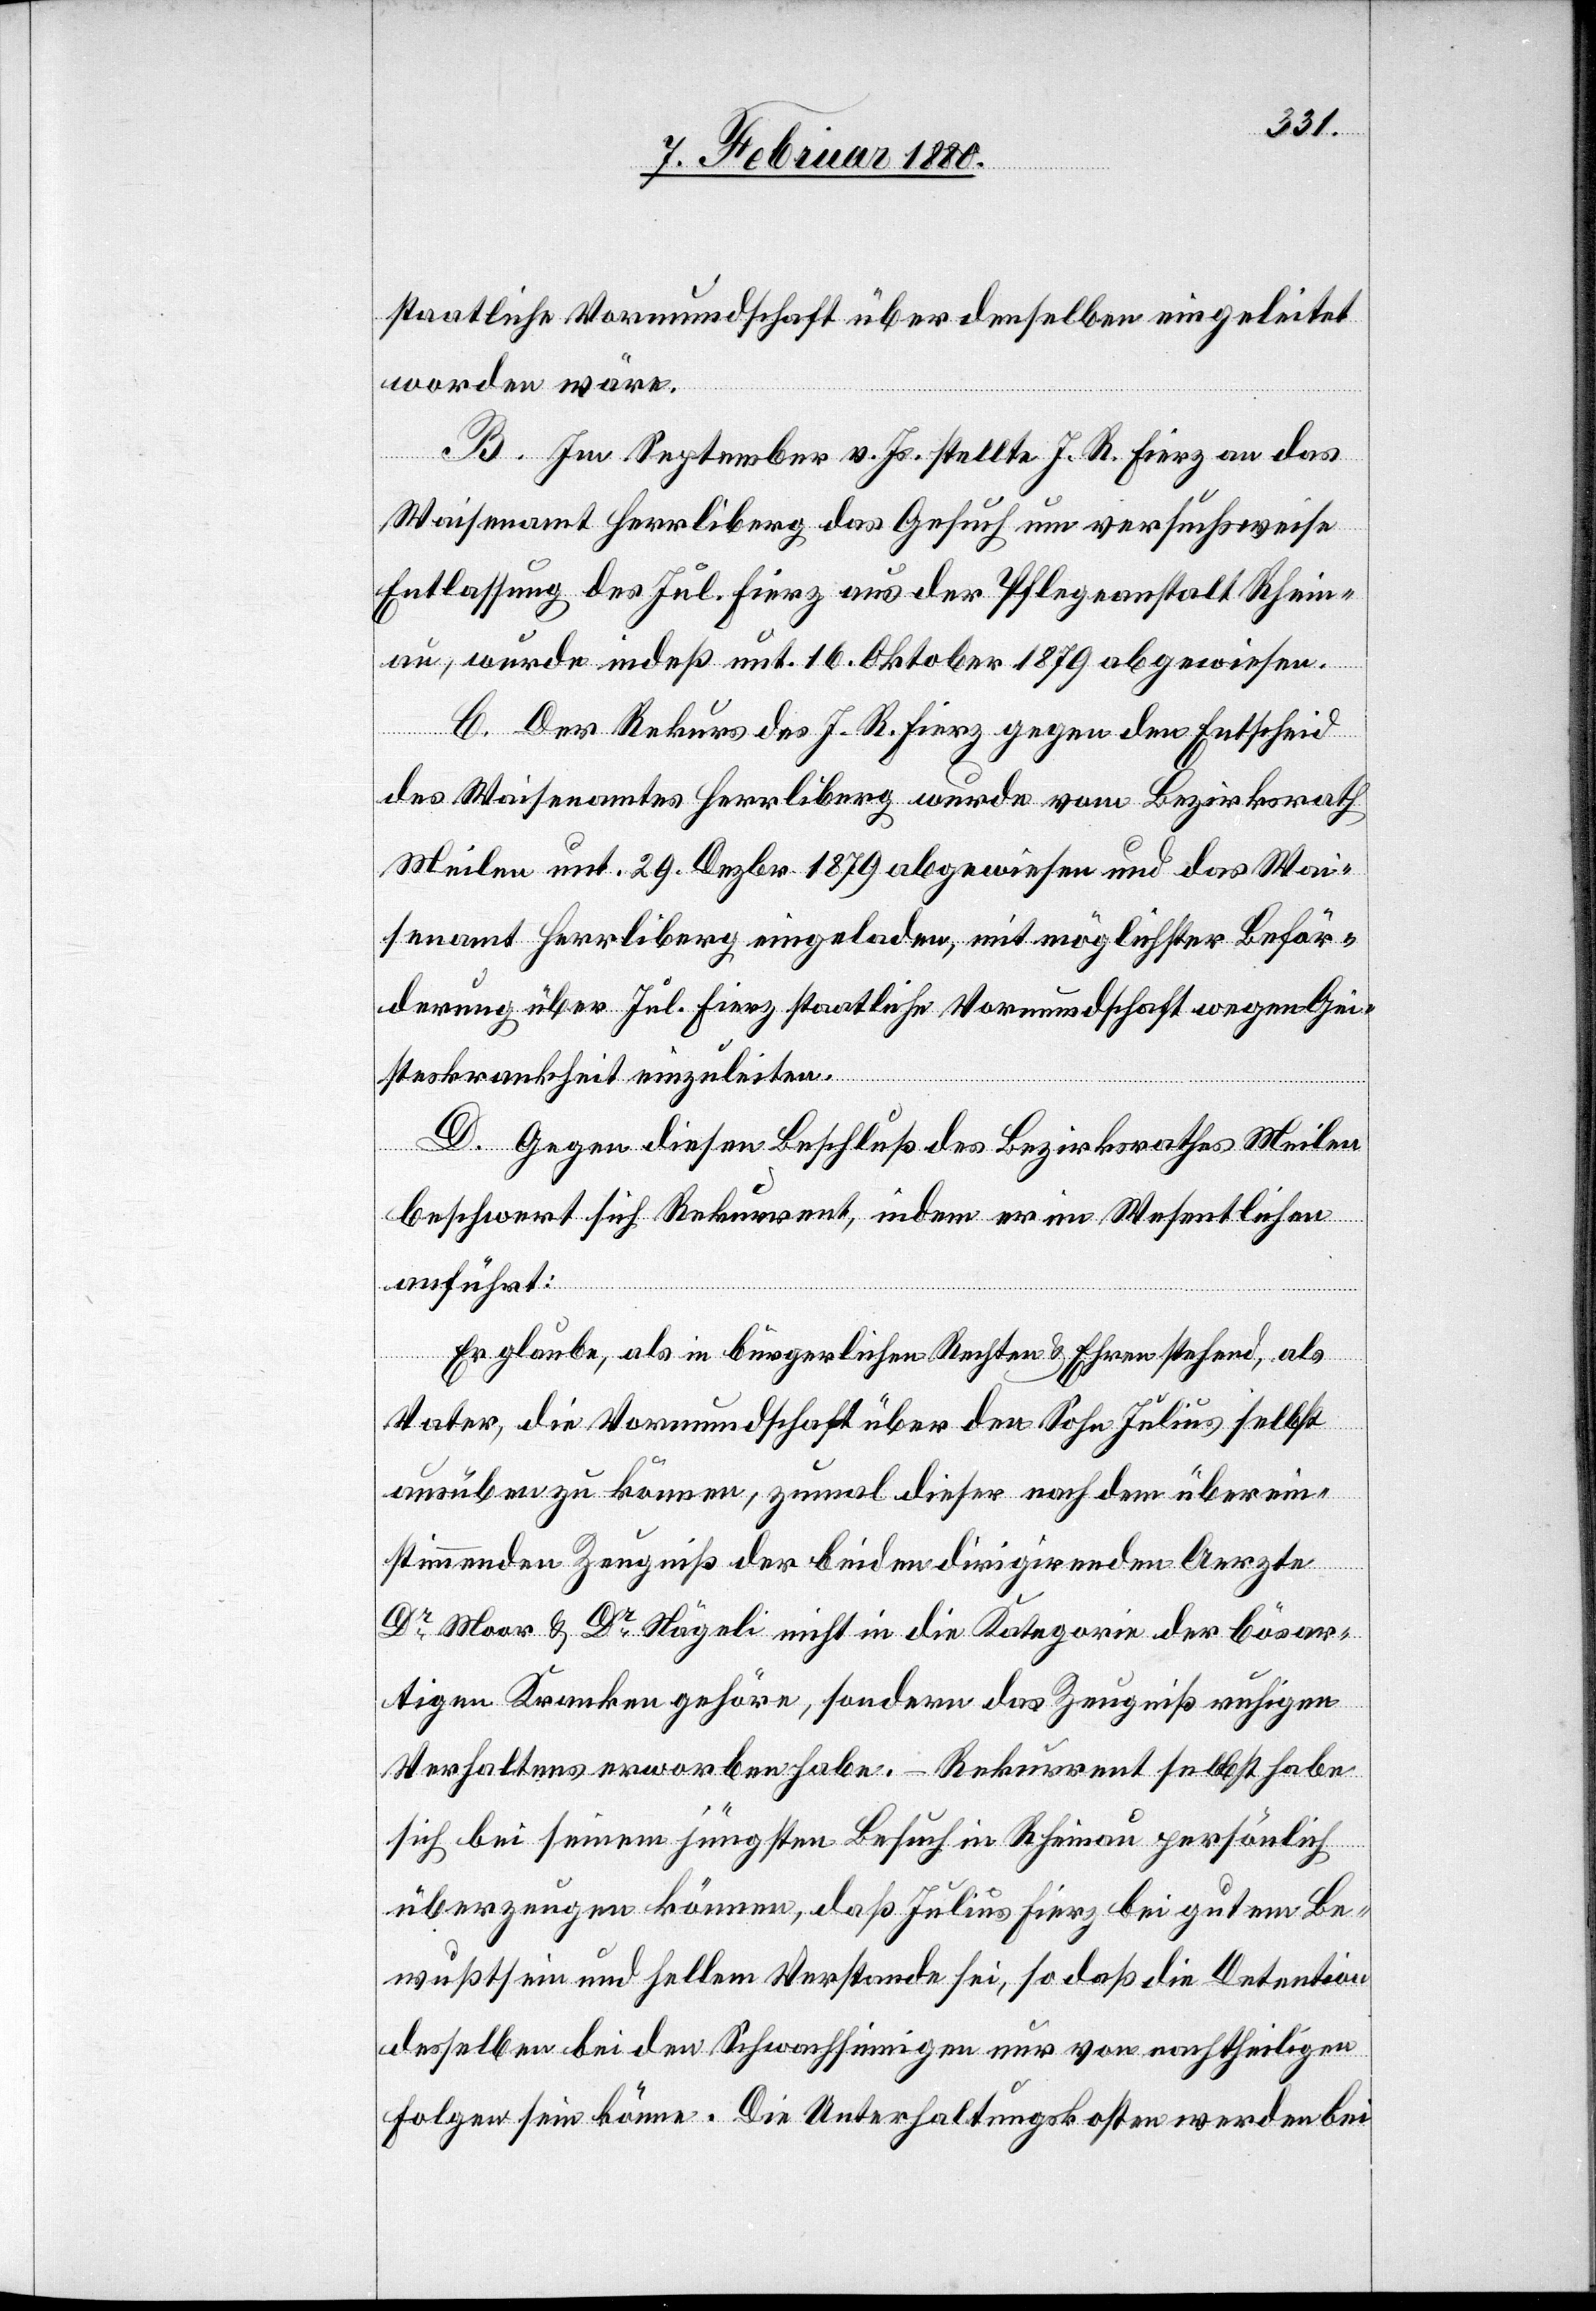
staatliche Vormundschaft über denselben eingeleitet
worden wäre.
B. Im September v. Js. stellte J. R. Fierz an das
Waisenamt Herrliberg das Gesuch um versuchsweise
Entlassung des Jul. Fierz aus der Pflegeanstalt Rhein¬
au, wurde indeß unt. 16. Oktober 1879 abgewiesen.
C. Der Rekurs des J. R. Fierz gegen den Entscheid
des Waisenamtes Herrliberg wurde vom Bezirksrath
Meilen unt. 29. Dezbr. 1879 abgewiesen und das Wai¬
senamt Herrliberg eingeladen, mit möglichster Beför¬
derung über Jul. Fierz staatliche Vormundschaft wegen Gei¬
steskrankheit einzuleiten.
D. Gegen diesen Beschluß des Bezirksrathes Meilen
beschwert sich Rekurrent, indem er im Wesentlichen
anführt:
Er glaube, als in bürgerlichen Rechten & Ehren stehend, als
Vater, die Vormundschaft über den Sohn Julius selbst
ausüben zu können, zumal dieser nach dem überein¬
stimmenden Zeugniß der beiden dirigirenden Aerzte
Dr Moor & Dr Nägeli nicht in die Kategorie der bösar¬
tigen Kranken gehöre, sondern das Zeugniß ruhigen
Verhaltens erworben habe. – Rekurrent selbst habe
sich bei seinem jüngsten Besuch in Rheinau persönlich
überzeugen können, daß Julius Fierz bei gutem Be¬
wußtsein und hellem Verstande sei, so daß die Detention
desselben bei den Schwachsinnigen nur von nachtheiligen
Folgen sein könne. Die Unterhaltungskosten werden bei